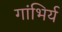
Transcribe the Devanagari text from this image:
गांभिर्य